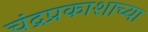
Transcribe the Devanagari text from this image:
चंद्रप्रकाशाच्या